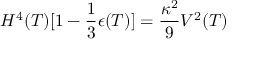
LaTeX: H ^ { 4 } ( T ) [ 1 - \frac { 1 } { 3 } \epsilon ( T ) ] = \frac { \kappa ^ { 2 } } { 9 } V ^ { 2 } ( T )